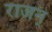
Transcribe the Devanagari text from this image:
राजन्‌